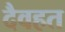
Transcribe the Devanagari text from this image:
दैवहत